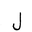
Letter: _lam